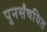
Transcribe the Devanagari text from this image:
पुनर्संचयित